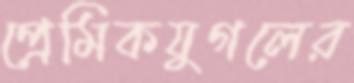
প্রেমিকযুগলের